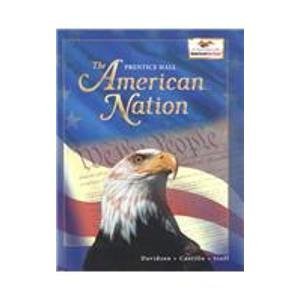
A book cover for American Nation: Student Edition Grades 6, 7 & 8  [Textbook, Prentice Hall]; Prentice Hall; Teen & Young Adult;